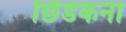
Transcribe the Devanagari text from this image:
छिडकना